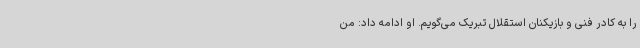
را به کادر فنی و بازیکنان استقلال تبریک می‌گویم. او ادامه داد:‌ من